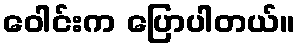
ဝေါင်းက ပြောပါတယ်။